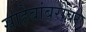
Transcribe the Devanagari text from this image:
साहेबांबरोबर